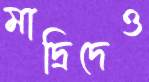
মাদ্রিদেও